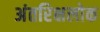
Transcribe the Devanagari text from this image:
अंतरिक्षलोक